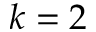
k = 2